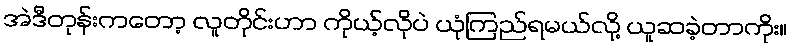
အဲဒီတုန်းကတော့ လူတိုင်းဟာ ကိုယ့်လိုပဲ ယုံကြည်ရမယ်လို့ ယူဆခဲ့တာကိုး။